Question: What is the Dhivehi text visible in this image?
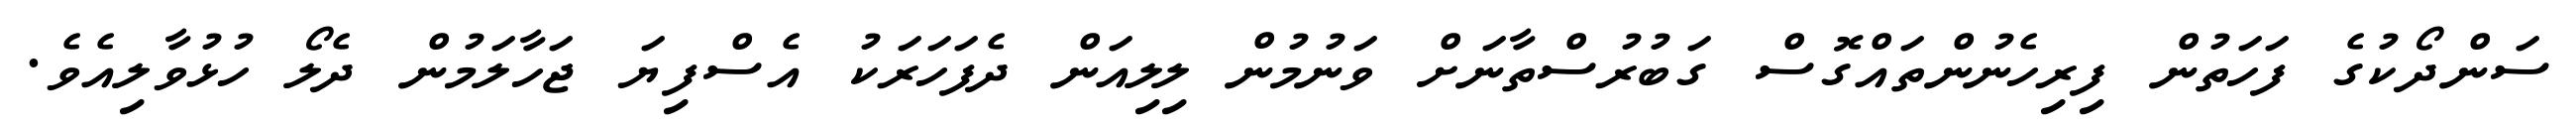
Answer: ސަންދޯކުގެ ފަހަތުން ފިރިހެނުންތައްގޮސް ގަބުރުސްތާނަށް ވަނުމުން ލިލިއަން ދެފަހަރަކު އެސްފިޔަ ޖަހާލަމުން ދެލޯ ހުޅުވާލިއެވެ.